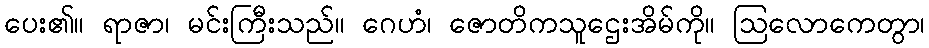
ပေး၏။ ရာဇာ၊ မင်းကြီးသည်။ ဂေဟံ၊ ဇောတိကသူဌေးအိမ်ကို။ ဩလောကေတွာ၊